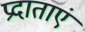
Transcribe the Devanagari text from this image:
प्रदाताएं